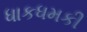
ધાકધમકી